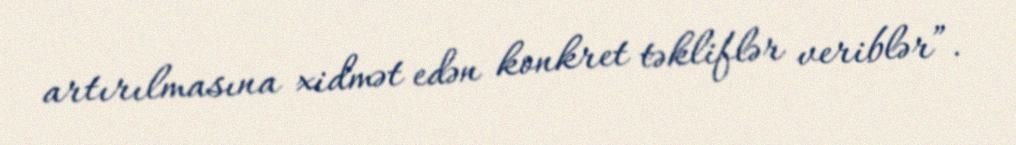
artırılmasına xidmət edən konkret təkliflər veriblər”.